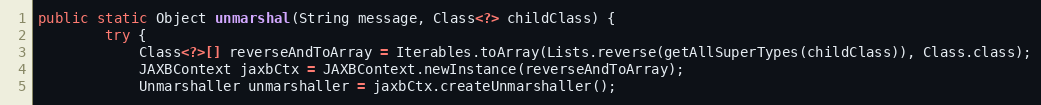
Language: Java
public static Object unmarshal(String message, Class<?> childClass) {
        try {
            Class<?>[] reverseAndToArray = Iterables.toArray(Lists.reverse(getAllSuperTypes(childClass)), Class.class);
            JAXBContext jaxbCtx = JAXBContext.newInstance(reverseAndToArray);
            Unmarshaller unmarshaller = jaxbCtx.createUnmarshaller();